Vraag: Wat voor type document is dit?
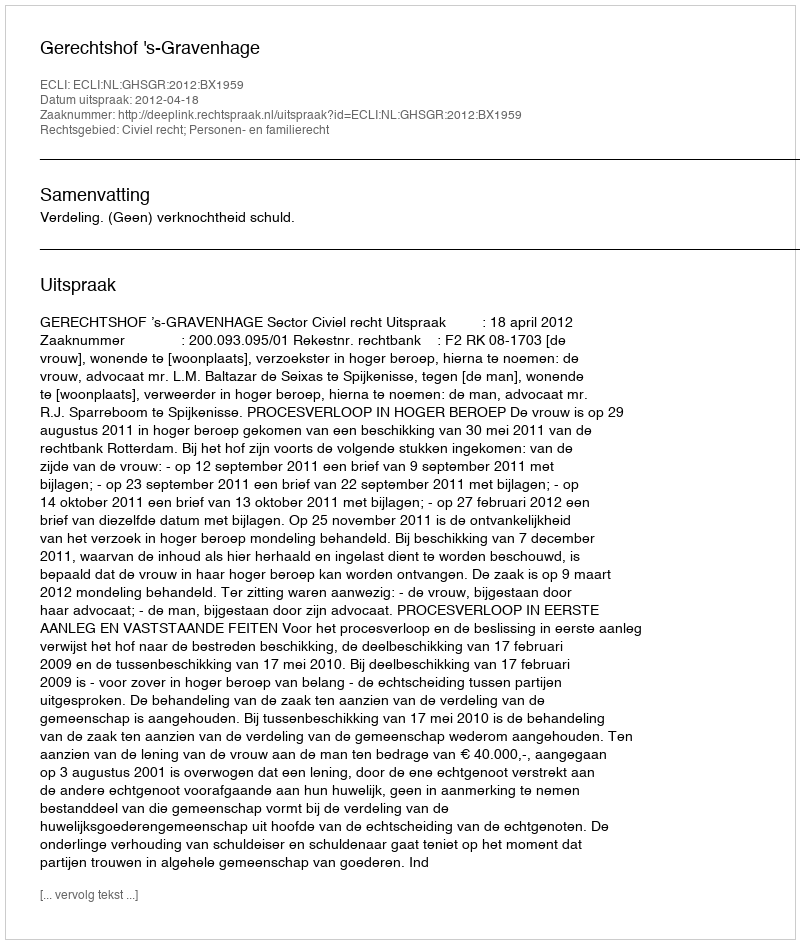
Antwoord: Uitspraak